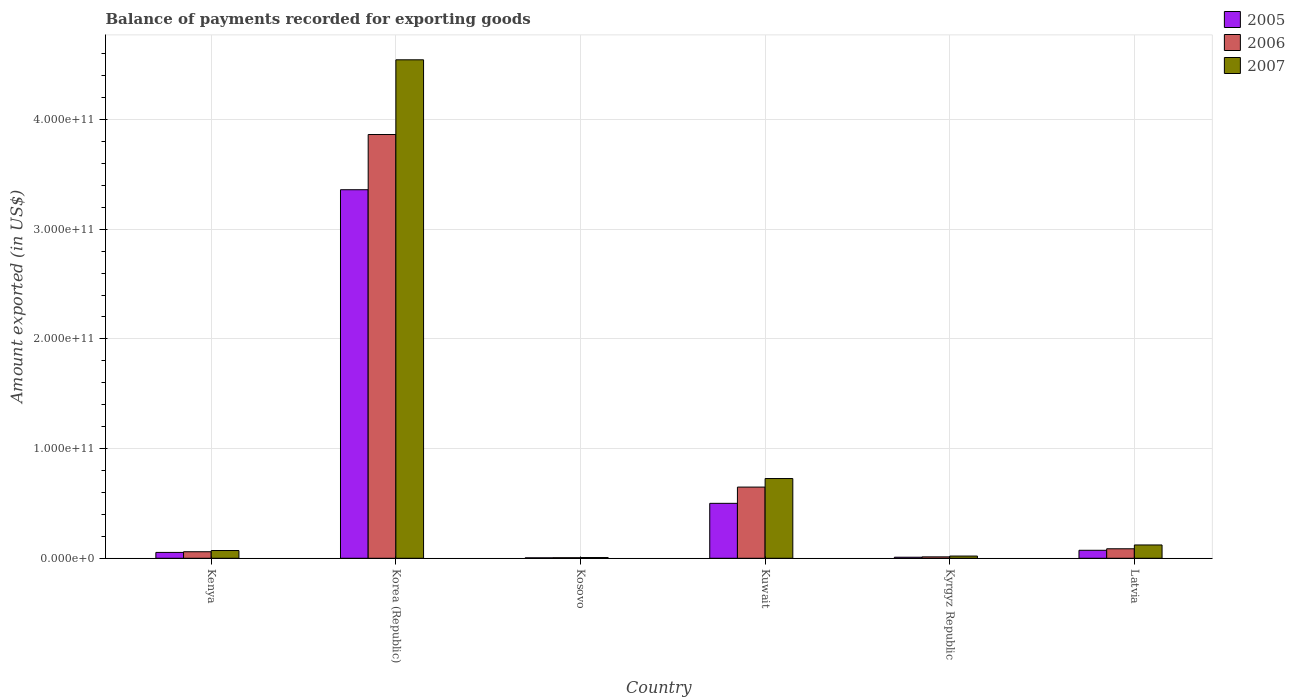
| Country | 2005 | 2006 | 2007 |
 | --- | --- | --- | --- |
 | Kenya | 5.34e+09 | 5.95e+09 | 7.06e+09 |
 | Korea (Republic) | 3.36e+11 | 3.86e+11 | 4.54e+11 |
 | Kosovo | 4.13e+08 | 5.15e+08 | 6.68e+08 |
 | Kuwait | 5.01e+10 | 6.49e+10 | 7.27e+10 |
 | Kyrgyz Republic | 9.46e+08 | 1.28e+09 | 2.02e+09 |
 | Latvia | 7.27e+09 | 8.65e+09 | 1.21e+10 |